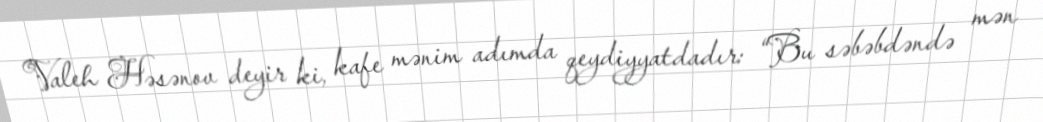
Valeh Həsənov deyir ki, kafe mənim adımda qeydiyyatdadır: “Bu səbəbdəndə mən